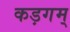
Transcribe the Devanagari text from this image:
कड़गम्‌